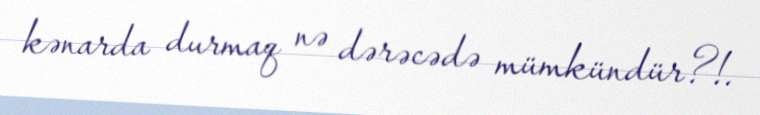
kənarda durmaq nə dərəcədə mümkündür?!.